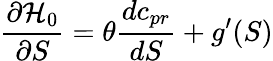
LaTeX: \frac{\partial{\cal H}_{0}}{\partial S}=\theta\frac{dc_{pr}}{dS}+g^{\prime}(S)